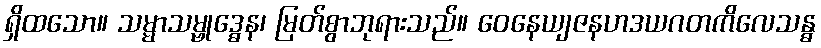
ရှိထသော။ သမ္မာသမ္ဗုဒ္ဓေန၊ မြတ်စွာဘုရားသည်။ ဝေနေယျဇနဟဒယဂတကိလေသန္ဓ